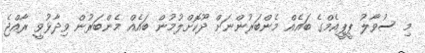
މި ސުވާލު ޕީޕީއެމްގެ ބައެއް މެންބަރުންނަށް ދޫކޮށްލުމުން ބައެއް މެންބަރުން ވިދާޅުވީ ރާއްޖެ